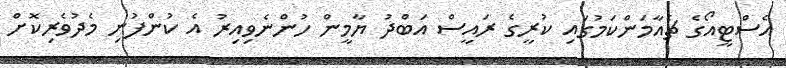
އެސްޓީއޯގެ ޗެއާމަންކަމުގައި ކުރީގެ ރައީސް އަބްދު ޔާމީން ހުންނެވިއިރު އެ ކުންފުނި މެދުވެރިކޮށް